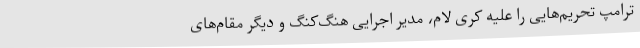
ترامپ تحریم‌هایی را علیه کری لام، مدیر اجرایی هنگ‌کنگ و دیگر مقام‌های